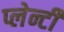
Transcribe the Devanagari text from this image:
प्लेन्टी